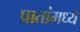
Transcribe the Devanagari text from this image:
प्रातांमध्ये